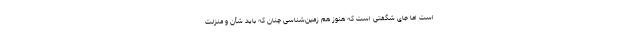
است اما جای شگفتی است که هنوز هم زمین‌شناسی چنان که باید شأن و منزلت